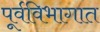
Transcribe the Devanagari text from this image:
पूर्वविभागात